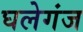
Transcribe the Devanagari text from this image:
घलेगंज